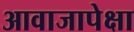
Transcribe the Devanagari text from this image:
आवाजापेक्षा